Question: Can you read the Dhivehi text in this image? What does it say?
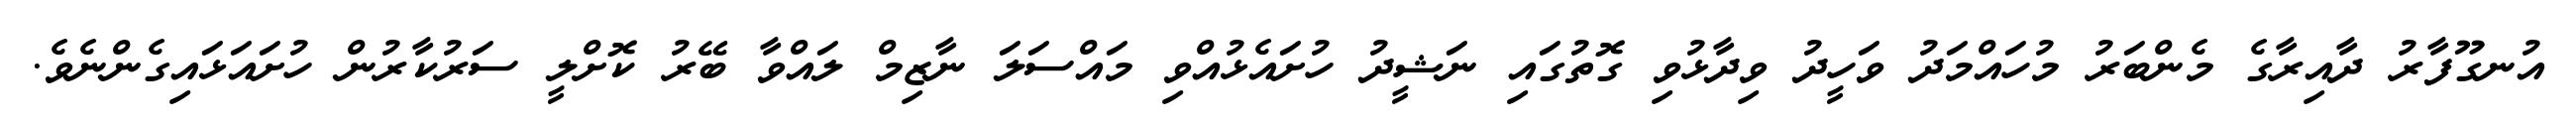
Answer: އުނގޫފާރު ދާއިރާގެ މެންބަރު މުހައްމަދު ވަހީދު ވިދާޅުވި ގޮތުގައި ނަޝީދު ހުށައެޅުއްވި މައްސަލަ ނާޒިމް ލައްވާ ބޭރު ކޮށްލީ ސަރުކާރުން ހުށައަޅައިގެންނެވެ.